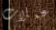
عملات